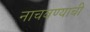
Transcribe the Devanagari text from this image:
नाचवण्याची